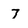
Character: 7